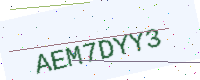
Text: AEM7DYY3